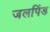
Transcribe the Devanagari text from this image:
जलपिंड